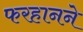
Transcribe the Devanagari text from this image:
फरहानने